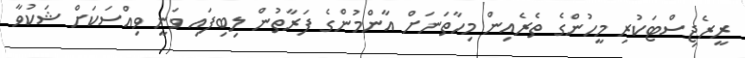
ރީރެޖިސްޓަކުރި މީހުންގެ ތެރެއިން މިހާތަނަށް އާންމުންގެ ފަރާތުން ލިބިފައި ވަނީ ވިއްސަކަށް ޝަކުވާ